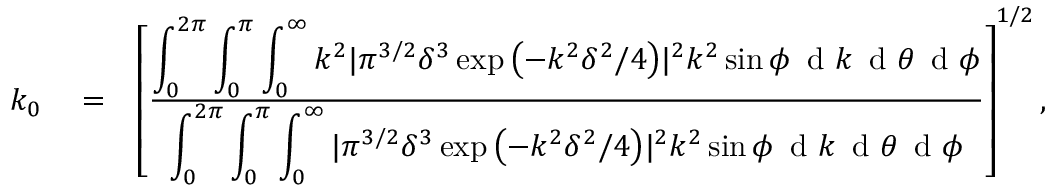
\begin{array} { r l r } { k _ { 0 } } & { { } = } & { \left[ \frac { \displaystyle \int _ { 0 } ^ { 2 \pi } \displaystyle \int _ { 0 } ^ { \pi } \displaystyle \int _ { 0 } ^ { \infty } k ^ { 2 } | \pi ^ { 3 / 2 } \delta ^ { 3 } \exp { \left( - k ^ { 2 } \delta ^ { 2 } / 4 \right) } | ^ { 2 } k ^ { 2 } \sin \phi \, \mathrm { ~ d ~ } k \, \mathrm { ~ d ~ } \theta \, \mathrm { ~ d ~ } \phi } { \displaystyle \int _ { 0 } ^ { 2 \pi } \displaystyle \int _ { 0 } ^ { \pi } \displaystyle \int _ { 0 } ^ { \infty } | \pi ^ { 3 / 2 } \delta ^ { 3 } \exp { \left( - k ^ { 2 } \delta ^ { 2 } / 4 \right) } | ^ { 2 } k ^ { 2 } \sin \phi \, \mathrm { ~ d ~ } k \, \mathrm { ~ d ~ } \theta \, \mathrm { ~ d ~ } \phi } \right] ^ { 1 / 2 } , } \end{array}